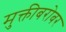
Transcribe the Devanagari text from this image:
मुक्तीबरोबर